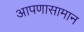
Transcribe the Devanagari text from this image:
आपणासामान